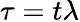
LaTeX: \tau=t\lambda